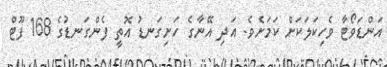
އަންޑަވޯޓާ ވެހިކަލަކަށް ކަމަށެވެ. އަދި އޭނާގެ ހަށިގަނޑު އޮތީ ފެންގަނޑުގެ 168 ފޫޓް